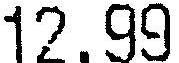
12.99